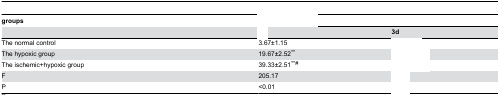
<table><thead><tr><td><b>groups</b></td><td colspan="2">[EMPTY_CELL]</td></tr><tr><td>[EMPTY_CELL]</td><td>[EMPTY_CELL]</td><td><b>3d</b></td></tr></thead><tbody><tr><td>The normal control</td><td>3.67±1.15</td><td>[EMPTY_CELL]</td></tr><tr><td>The hypoxic group</td><td>19.67±2.52<sup>**</sup></td><td>[EMPTY_CELL]</td></tr><tr><td>The ischemic+hypoxic group</td><td>39.33±2.51<sup>**#</sup></td><td>[EMPTY_CELL]</td></tr><tr><td>F</td><td>205.17</td><td>[EMPTY_CELL]</td></tr><tr><td>P</td><td>&lt;0.01</td><td>[EMPTY_CELL]</td></tr></tbody></table>